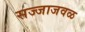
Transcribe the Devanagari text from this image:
सज्जाजवळ